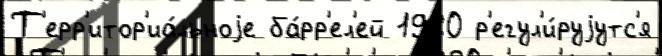
Т'ерр'итор'иа́льноjе ба́рр'ел'ей 1980 р'егул'и́руjутс'я